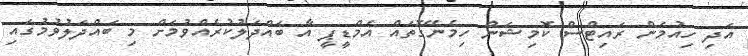
އަދި ހިއުމަން ރައިޓްސް ކޮމިޝަން ހިމެނޭގޮތައް އެމްޑީޕީ އާ ބައްދަލުކުރެއްވުމަށް މި ބައްދަލުވުމުގައި